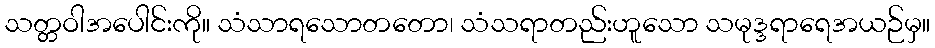
သတ္တဝါအပေါင်းကို။ သံသာရသောတတော၊ သံသရာတည်းဟူသော သမုဒ္ဒရာရေအယဉ်မှ။